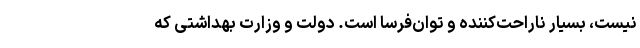
نیست، بسیار ناراحت‌کننده و توان‌فرسا است. دولت و وزارت بهداشتی که